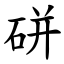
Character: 硑